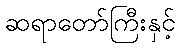
ဆရာတော်ကြီးနှင့်